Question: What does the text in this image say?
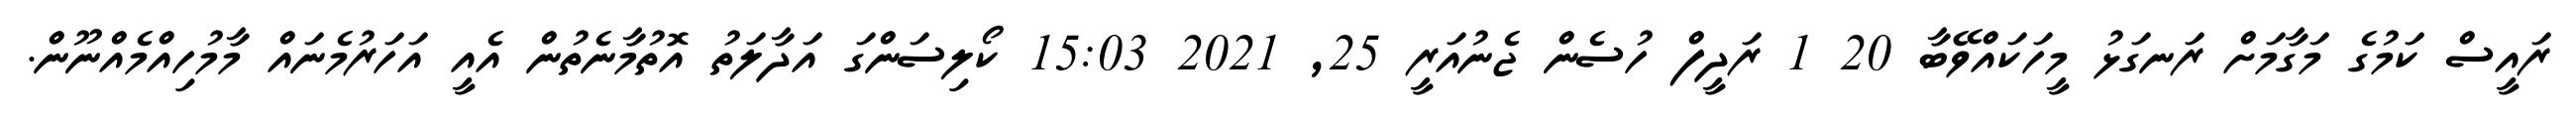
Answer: ރައީސް ކަމުގެ މަގާމަށް ރަނގަޅު މީހަކައްވޭބާ 20 1 ރަދީފް ހުސެން ޖެނުއަރީ 25, 2021 15:03 ކޯލިސަންގަ އަދާލަތު އޮތުމާނެތުން އެއީ އަހަރުމެނައް މާމުހިއްމެއްނޫން.